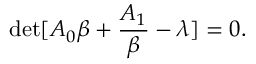
\operatorname* { d e t } [ A _ { 0 } \beta + \frac { A _ { 1 } } { \beta } - \lambda ] = 0 .